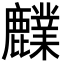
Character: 𪋫